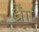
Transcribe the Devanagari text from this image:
र्ध्रााेंं